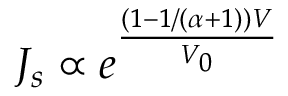
J _ { s } \propto e ^ { \frac { ( 1 - 1 / ( \alpha + 1 ) ) V } { V _ { 0 } } }